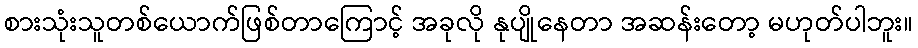
စားသုံးသူတစ်ယောက်ဖြစ်တာကြောင့် အခုလို နုပျိုနေတာ အဆန်းတော့ မဟုတ်ပါဘူး။